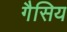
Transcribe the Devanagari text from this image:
गैसिय